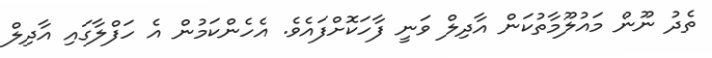
ތެދު ނޫން މައުލޫމާތުކަން އާދިލް ވަނީ ފާހަކޮށްފައެވެ. އެހެންކަމުން އެ ހަފްލާގައި އާދިލް